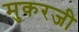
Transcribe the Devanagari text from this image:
मुकरजी